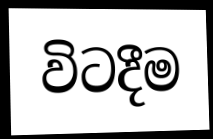
විටදීම